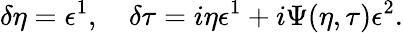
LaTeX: \delta\eta=\epsilon^{1},\quad\delta\tau=i\eta\epsilon^{1}+i\Psi(\eta,\tau)\epsilon^{2}.